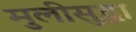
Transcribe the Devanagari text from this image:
मुलीसुद्धा